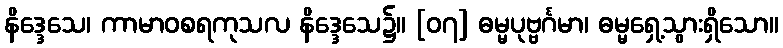
နိဒ္ဒေသေ၊ ကာမာဝစရကုသလ နိဒ္ဒေသေ၌။ [၀၇] ဓမ္မပုဗ္ဗင်္ဂမာ၊ ဓမ္မရှေ့သွားရှိသော။